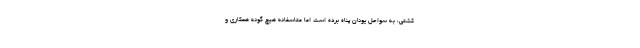
کشتی، به سواحل یونان پناه برده است اما متاسفانه هیچ گونه همکاری و